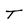
Character: T